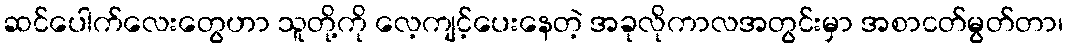
ဆင်ပေါက်လေးတွေဟာ သူတို့ကို လေ့ကျင့်ပေးနေတဲ့ အခုလိုကာလအတွင်းမှာ အစာငတ်မွတ်တာ၊